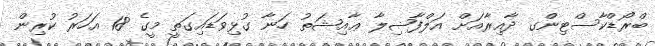
ބްރޯޑްކާސްޓިންގ ދާއިރާއަށް އަލްފާޟިލާ ޢާއިޝަތު ހަނާ ގުޅިވަޑައިގަތީ މީގެ 18 އަހަރު ކުރިން